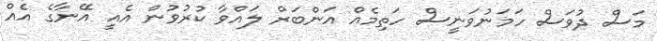
މަސް ދުވަސް ހަމަނުވަނީސް ހަތިމެއް އަންބަރް ލައްވާ ކުރުވުން އެއީ އޭނާގެ އެއް